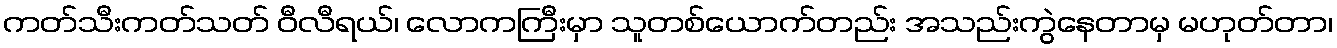
ကတ်သီးကတ်သတ် ဝီလီရယ်၊ လောကကြီးမှာ သူတစ်ယောက်တည်း အသည်းကွဲနေတာမှ မဟုတ်တာ၊